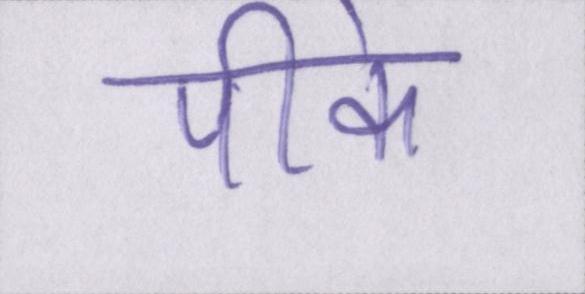
पीके